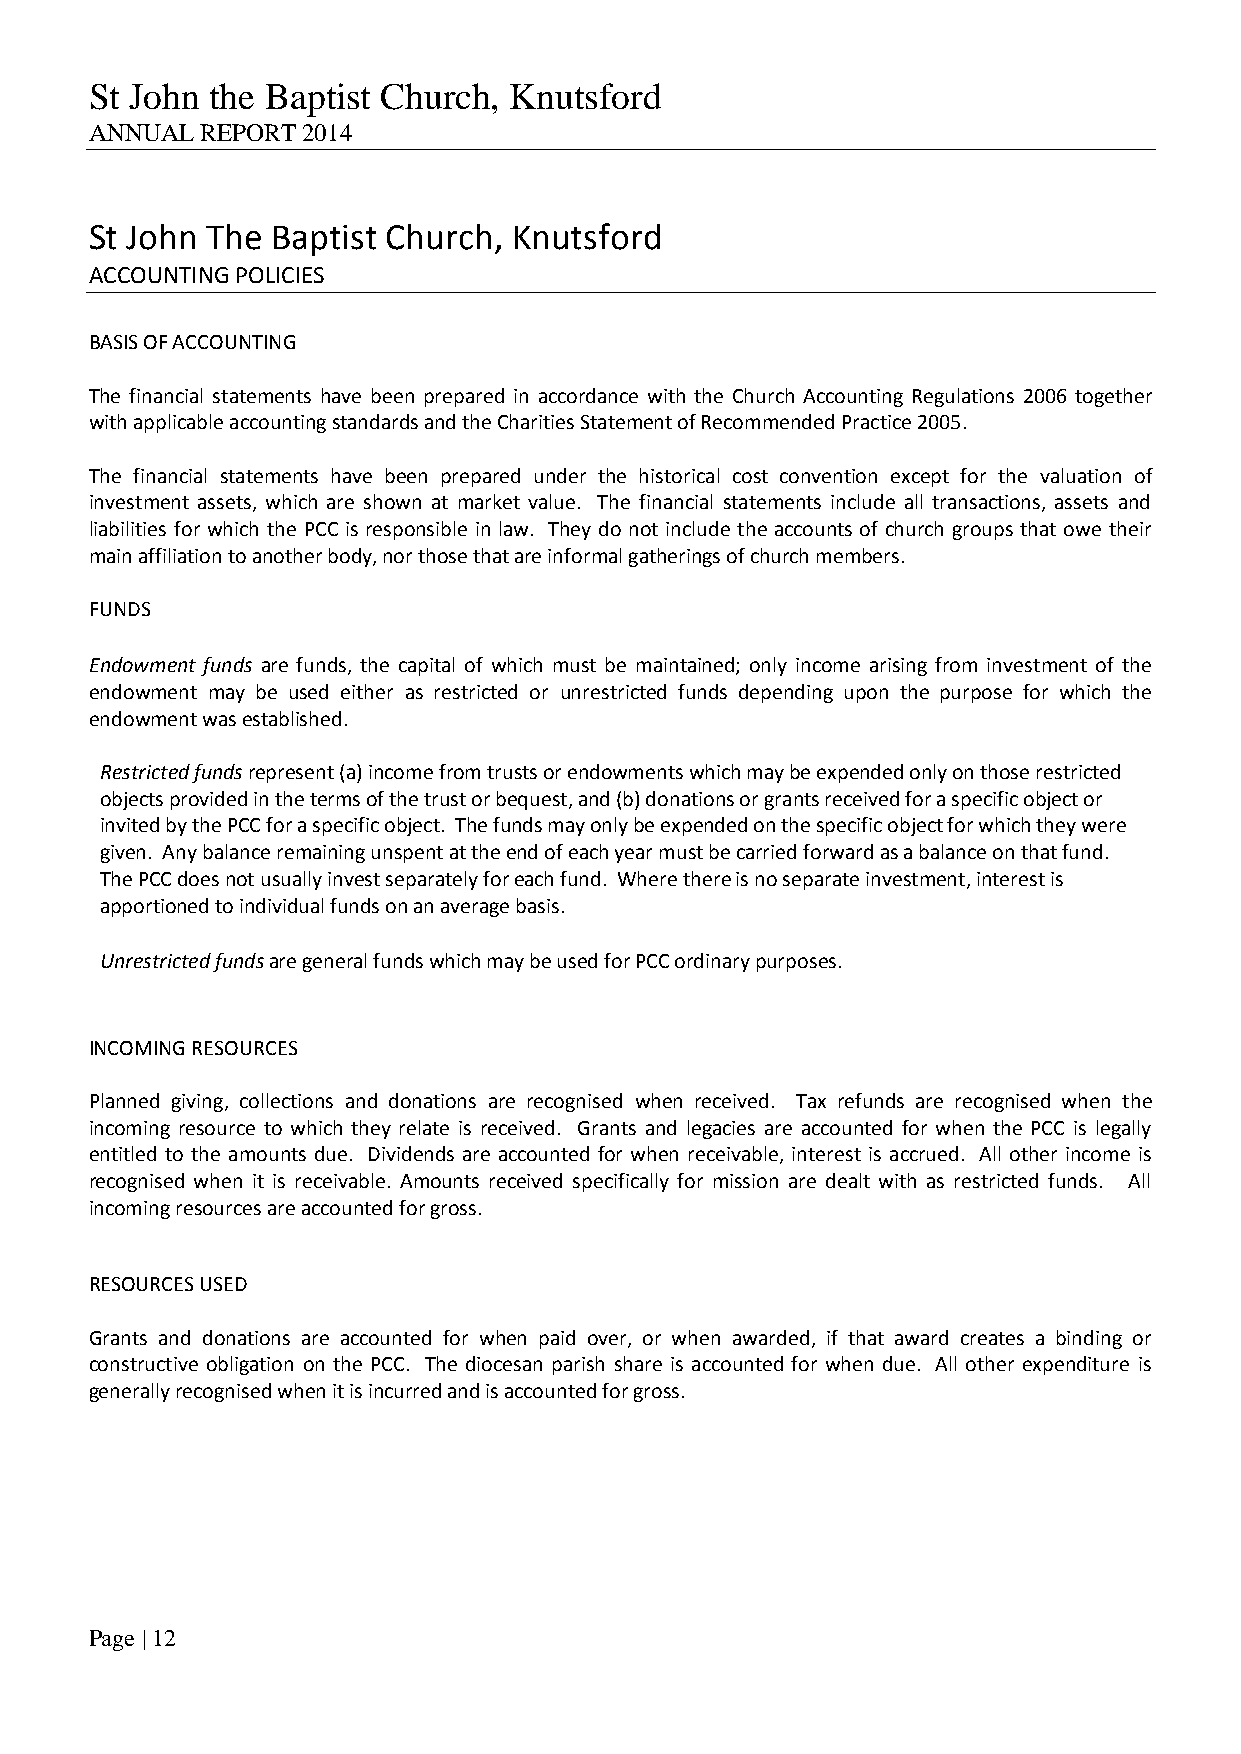
St John the Baptist Church, Knutsford
 ANNUAL REPORT 2014
 St John The Baptist Church, Knutsford
 ACCOUNTING POLICIES
 BASIS OF ACCOUNTING
 The financial statements have been prepared in accordance with the Church Accounting Regulations 2006 together
 with applicable accounting standards and the Charities Statement of Recommended Practice 2005.
 The financial statements have been prepared under the historical cost convention except for the valuation of
 investment assets, which are shown at market value. The financial statements include all transactions, assets and
 liabilities for which the PCC is responsible in law. They do not include the accounts of church groups that owe their
 main affiliation to another body, nor those that are informal gatherings of church members.
 FUNDS
 Endowment funds are funds, the capital of which must be maintained; only income arising from investment of the
 endowment may be used either as restricted or unrestricted funds depending upon the purpose for which the
 endowment was established.
 Restricted funds represent (a) income from trusts or endowments which may be expended only on those restricted
 objects provided in the terms of the trust or bequest, and (b) donations or grants received for a specific object or
 invited by the PCC for a specific object. The funds may only be expended on the specific object for which they were
 given. Any balance remaining unspent at the end of each year must be carried forward as a balance on that fund.
 The PCC does not usually invest separately for each fund. Where there is no separate investment, interest is
 apportioned to individual funds on an average basis.
 Unrestricted funds are general funds which may be used for PCC ordinary purposes.
 INCOMING RESOURCES
 Planned giving, collections and donations are recognised when received. Tax refunds are recognised when the
 incoming resource to which they relate is received. Grants and legacies are accounted for when the PCC is legally
 entitled to the amounts due. Dividends are accounted for when receivable, interest is accrued. All other income is
 recognised when it is receivable. Amounts received specifically for mission are dealt with as restricted funds. All
 incoming resources are accounted for gross.
 RESOURCES USED
 Grants and donations are accounted for when paid over, or when awarded, if that award creates a binding or
 constructive obligation on the PCC. The diocesan parish share is accounted for when due. All other expenditure is
 generally recognised when it is incurred and is accounted for gross.
 Page | 12